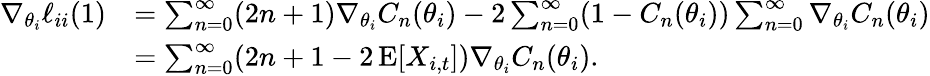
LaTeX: \begin{array}{rl}{\nabla_{\theta_{i}}\ell_{ii}(1)}&{=\sum_{n=0}^{\infty}(2n+1)\nabla_{\theta_{i}}C_{n}(\theta_{i})-2\sum_{n=0}^{\infty}(1-C_{n}(\theta_{i}))\sum_{n=0}^{\infty}\nabla_{\theta_{i}}C_{n}(\theta_{i})}\\ &{=\sum_{n=0}^{\infty}(2n+1-2\operatorname{E}[X_{i,t}])\nabla_{\theta_{i}}C_{n}(\theta_{i}).}\end{array}